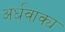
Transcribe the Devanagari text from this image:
अर्धवाक्य